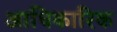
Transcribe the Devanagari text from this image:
अाधिकारिक